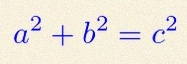
a^2+b^2=c^2